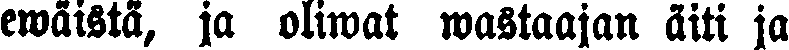
ewäistä, ja oliwat wastaajan äiti ja